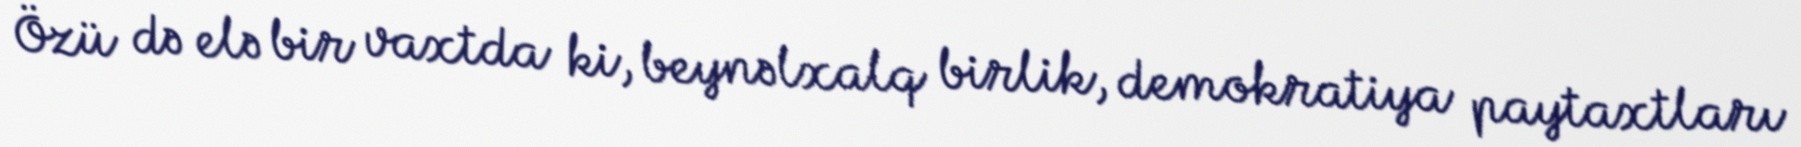
Özü də elə bir vaxtda ki, beynəlxalq birlik, demokratiya paytaxtları